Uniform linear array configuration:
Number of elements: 64
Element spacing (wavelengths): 1
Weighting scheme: binomial
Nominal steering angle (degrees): -60
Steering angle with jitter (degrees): -58.271
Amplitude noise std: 0.05
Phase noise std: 0.05

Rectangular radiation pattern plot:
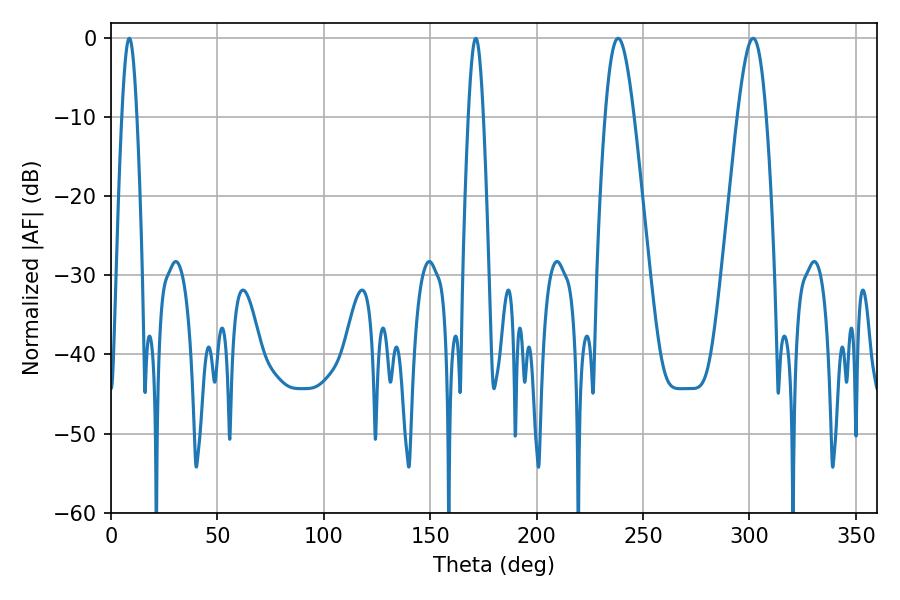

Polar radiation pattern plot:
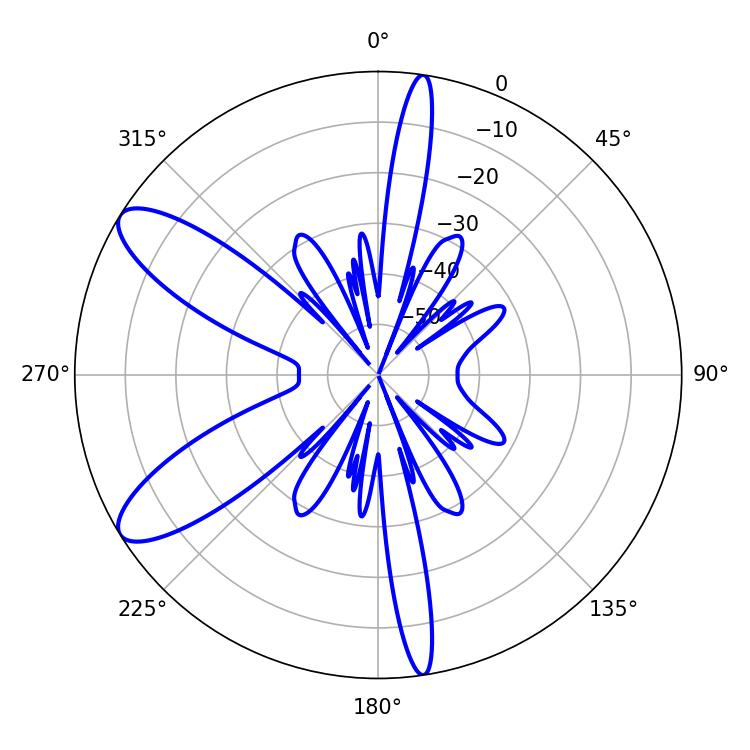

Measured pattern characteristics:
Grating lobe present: TRUE
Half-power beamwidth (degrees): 7.2
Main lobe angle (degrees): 238.32